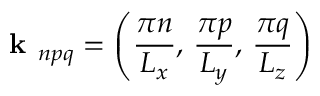
\textbf { k } _ { n p q } = \left( \frac { \pi n } { L _ { x } } , \, \frac { \pi p } { L _ { y } } , \, \frac { \pi q } { L _ { z } } \right)